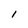
Character: l